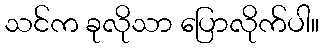
သင်က ခုလိုသာ ပြောလိုက်ပါ။